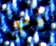
رجل